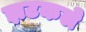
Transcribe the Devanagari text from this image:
झटकले